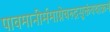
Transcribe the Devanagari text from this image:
पावमानीर्ममाग्नेचरुद्रसूक्तंयथाक्रमं